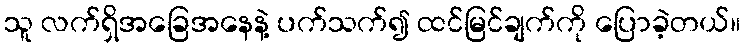
သူ လက်ရှိအခြေအနေနဲ့ ပက်သက်၍ ထင်မြင်ချက်ကို ပြောခဲ့တယ်။